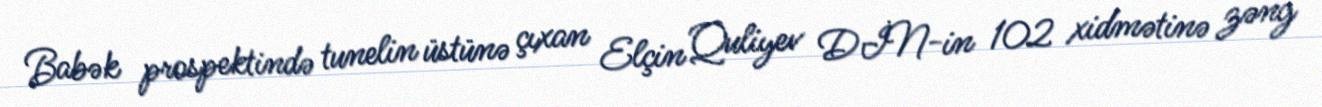
Babək prospektində tunelin üstünə çıxan Elçin Quliyev DİN-in 102 xidmətinə zəng